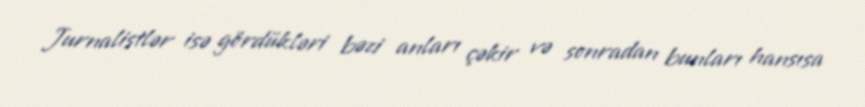
Jurnalistlər isə gördükləri bəzi anları çəkir və sonradan bunları hansısa